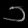
Digit: ၁